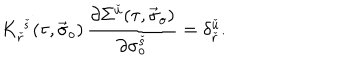
LaTeX: K _ { \check { r } } ^ { \; \check { s } } ( \tau , \vec { \sigma } _ { o } ) \, \frac { \partial \Sigma ^ { \check { u } } ( \tau , \vec { \sigma } _ { o } ) } { \partial \sigma _ { o } ^ { \check { s } } } = \delta _ { \check { r } } ^ { \check { u } } .